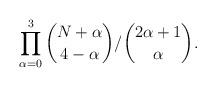
LaTeX: \begin{align*}\prod_{\alpha=0}^3 \binom{N+\alpha}{4-\alpha}/\binom{2\alpha+1}{\alpha}.\end{align*}